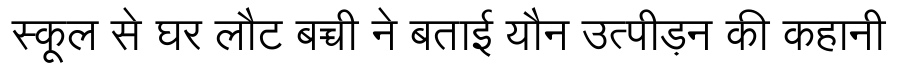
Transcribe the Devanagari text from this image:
स्कूल से घर लौट बच्ची ने बताई यौन उत्पीड़न की कहानी